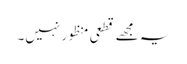
یہ مجھے قطعی منظور نہیں۔